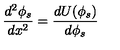
\frac { d ^ { 2 } \phi _ { s } } { d x ^ { 2 } } = \frac { d U ( \phi _ { s } ) } { d \phi _ { s } }